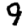
Digit: 9